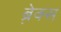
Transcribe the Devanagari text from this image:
ब्रे़क्स